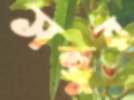
সন্তুর